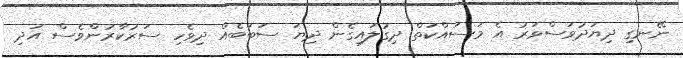
ނޭނގި ދިޔަދުވަސްވަރު އެ މަސައްކަތް ދިގުލައިގެން ދިޔަ ސަބަބެއް ދިވެހި ސަރުކާރުންވެސް އަދި